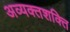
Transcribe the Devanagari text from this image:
अव्यक्तशक्ति